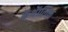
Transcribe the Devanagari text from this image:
कॅथॅालिक